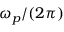
\omega _ { p } / ( 2 \pi )